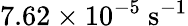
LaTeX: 7.62\times 10^{-5}~\mathrm{s^{-1}}